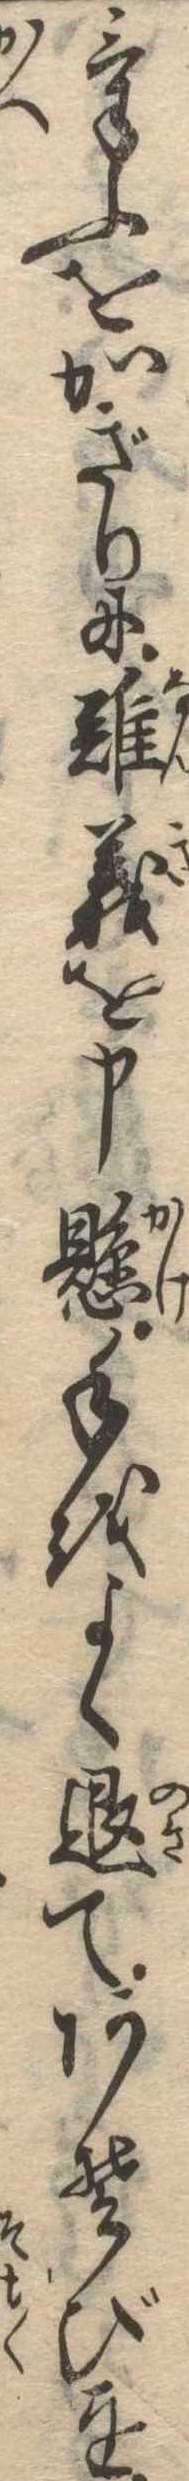
けふをかぎりに難義を申懸手をよく退てあそびを